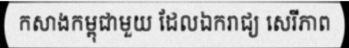
កសាងកម្ពុជាមួយ ដែលឯករាជ្យ សេរីភាព